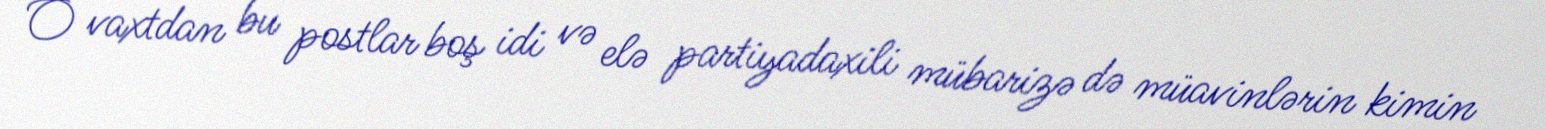
O vaxtdan bu postlar boş idi və elə partiyadaxili mübarizə də müavinlərin kimin